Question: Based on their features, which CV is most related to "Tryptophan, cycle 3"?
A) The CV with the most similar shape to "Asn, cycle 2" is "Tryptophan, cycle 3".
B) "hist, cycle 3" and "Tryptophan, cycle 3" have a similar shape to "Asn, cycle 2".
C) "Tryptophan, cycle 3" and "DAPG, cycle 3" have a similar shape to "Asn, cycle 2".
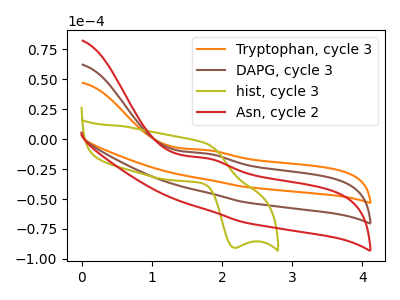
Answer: <think>The orange curve "Tryptophan, cycle 3" has an anodic peak at: (1.80V, -24.10uA). The brown curve "DAPG, cycle 3" has an anodic peak at: (1.80V, -12.05uA). The olive curve "hist, cycle 3" has an anodic peak at (1.75V, -3.45uA) and a cathodic peak at (2.15V, -90.70uA). The red curve "Asn, cycle 2" has an anodic peak at: (1.80V, -15.95uA).
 All the peaks in "Tryptophan, cycle 3" have a peak in "DAPG, cycle 3" at the same potential. Every peak in "Tryptophan, cycle 3" is lower than every peak in "DAPG, cycle 3". "Tryptophan, cycle 3" and "hist, cycle 3" have a different number of peaks. All the peaks in "Tryptophan, cycle 3" have a peak in "Asn, cycle 2" at the same potential. Every peak in "Tryptophan, cycle 3" is lower than every peak in "Asn, cycle 2". "DAPG, cycle 3" and "hist, cycle 3" have a different number of peaks. All the peaks in "DAPG, cycle 3" have a peak in "Asn, cycle 2" at the same potential. Every peak in "DAPG, cycle 3" is higher than every peak in "Asn, cycle 2". "hist, cycle 3" and "Asn, cycle 2" have a different number of peaks.</think>
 <answer>C) "Tryptophan, cycle 3" and "DAPG, cycle 3" have a similar shape to "Asn, cycle 2".</answer>
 <eval>C</eval>